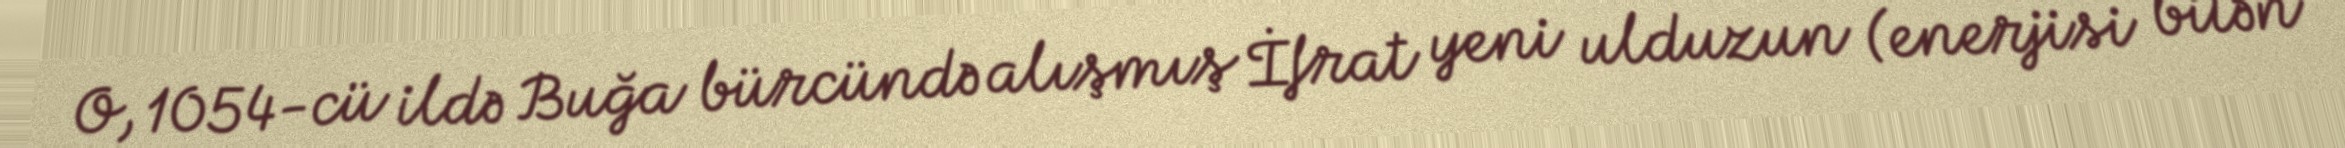
O, 1054-cü ildə Buğa bürcündə alışmış İfrat yeni ulduzun (enerjisi bitən